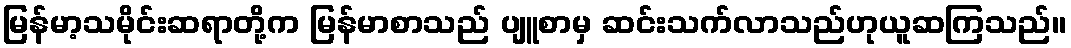
မြန်မာ့သမိုင်းဆရာတို့က မြန်မာစာသည် ပျူစာမှ ဆင်းသက်လာသည်ဟုယူဆကြသည်။